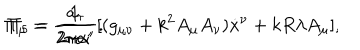
LaTeX: \Pi _ { \mu } = \frac { 1 } { 2 \pi \alpha ^ { \prime } } [ ( g _ { \mu \nu } + k ^ { 2 } A _ { \mu } A _ { \nu } ) { \dot { x } } ^ { \nu } + k R \lambda A _ { \mu } ] , \hspace { 2 0 m m } \Pi _ { 5 } = \frac { a _ { \tau } } { 2 \pi { \alpha ^ { \prime } } } .